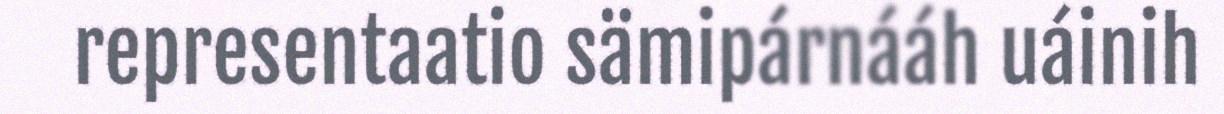
representaatio sämipárnááh uáinih